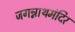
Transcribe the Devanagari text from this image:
जगन्नाथमंदिर